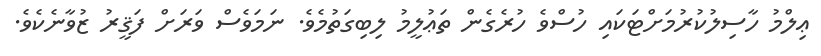
ޢިލްމު ހާސިލުކުރުމަށްޓަކައި ހުސްވެ ހުރެގެން ތަޢުލީމު ލިބިގަތުމެވެ. ނަމަވެސް ވަރަށް ފަޤީރު ޒުވާނެކެވެ.